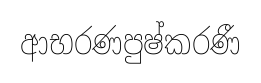
ආභරණපුෂ්කරණී